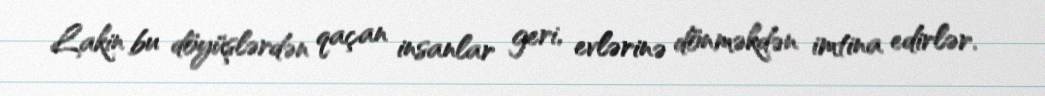
Lakin bu döyüşlərdən qaçan insanlar geri, evlərinə dönməkdən imtina edirlər.